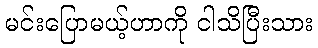
မင်းပြောမယ့်ဟာကို ငါသိပြီးသား